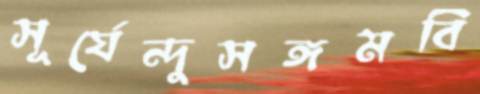
সূর্যেন্দুসঙ্গমবি